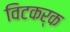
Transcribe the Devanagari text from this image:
विटकर्क